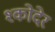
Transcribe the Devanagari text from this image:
श्कोदेर